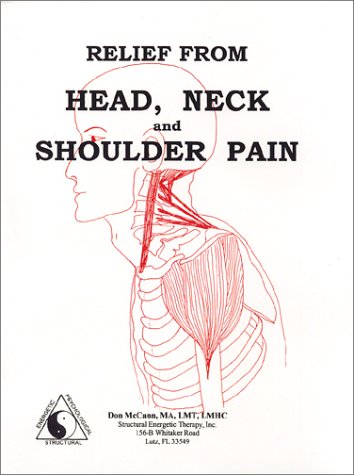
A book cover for Relief from Head, Neck and Shoulder Pain; Don McCann; Health, Fitness & Dieting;